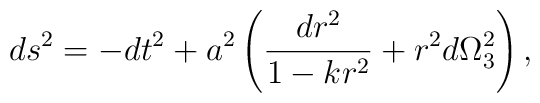
ds^2 = -dt^2 + a^2\left ( {dr^2\over {1-kr^2}} +r^2d\Omega_3^2\right ),